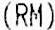
(RM)